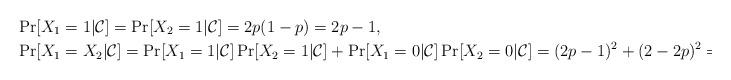
LaTeX: \begin{align*}&\Pr[X_1=1|\mathcal{C}]=\Pr[X_2=1|\mathcal{C}]=2p(1-p)=2p-1,\\&\Pr[X_1=X_2|\mathcal{C}]=\Pr[X_1=1|\mathcal{C}]\Pr[X_2=1|\mathcal{C}]+\Pr[X_1=0|\mathcal{C}]\Pr[X_2=0|\mathcal{C}]=(2p-1)^2+(2-2p)^2=9-12p. \\\end{align*}